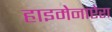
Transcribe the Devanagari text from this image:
हाइमेनाप्टेरा